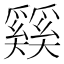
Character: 𰋴